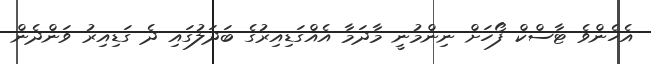
އެހެންވެ ޓާސްކް ފޯހަށް ނިންމުނީ މާދަމާ އެއްގަޑިއިރުގެ ބަދަލުގައި ދެ ގަޑިއިރު ވަންދެން